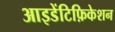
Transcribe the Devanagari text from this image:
आइडेंटिफ़िकेशन